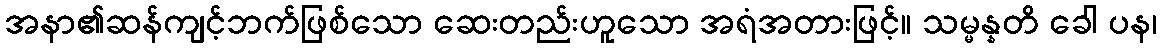
အနာ၏ဆန်ကျင့်ဘက်ဖြစ်သော ဆေးတည်းဟူသော အရံအတားဖြင့်။ သမ္မန္နတိ ခေါ ပန၊